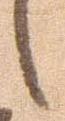
し